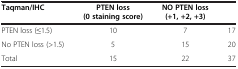
<table><thead><tr><td><b>Taqman/IHC</b></td><td><b>PTEN loss (0 staining score)</b></td><td><b>NO PTEN loss (+1, +2, +3)</b></td><td><b> </b></td></tr></thead><tbody><tr><td>PTEN loss (≤1.5)</td><td>10</td><td>7</td><td>17</td></tr><tr><td>No PTEN loss (&gt;1.5)</td><td>5</td><td>15</td><td>20</td></tr><tr><td>Total</td><td>15</td><td>22</td><td>37</td></tr></tbody></table>